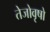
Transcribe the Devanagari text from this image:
तेजोवृषो